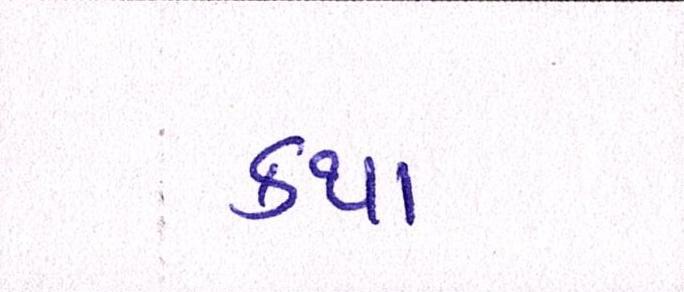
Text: કથા